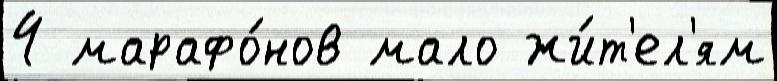
4 марафо́нов мало жи́т'ел'ям